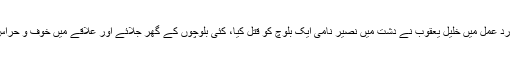
جس کے ردِ عمل میں خلیل یعقوب نے دشت میں نصیر نامی ایک بلوچ کو قتل کیا، کئی بلوچوں کے گھر جلائے اور علاقے میں خوف و حراس پیدا کیا۔